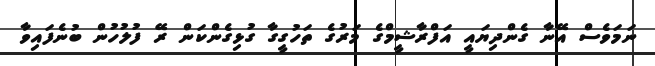
ނަމަވެސް އޭނާ ގެންދިޔައީ އަފްރާޝީމްގެ މަރުގެ ތަހުގީގާ ގުޅިގެންކަން ރޭ ފުލުހުން ބުނެފައިވާ